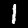
Digit: 1